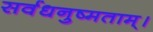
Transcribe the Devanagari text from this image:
सर्वधनुष्मताम्‌।